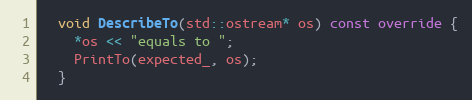
Language: C++
  void DescribeTo(std::ostream* os) const override {
    *os << "equals to ";
    PrintTo(expected_, os);
  }